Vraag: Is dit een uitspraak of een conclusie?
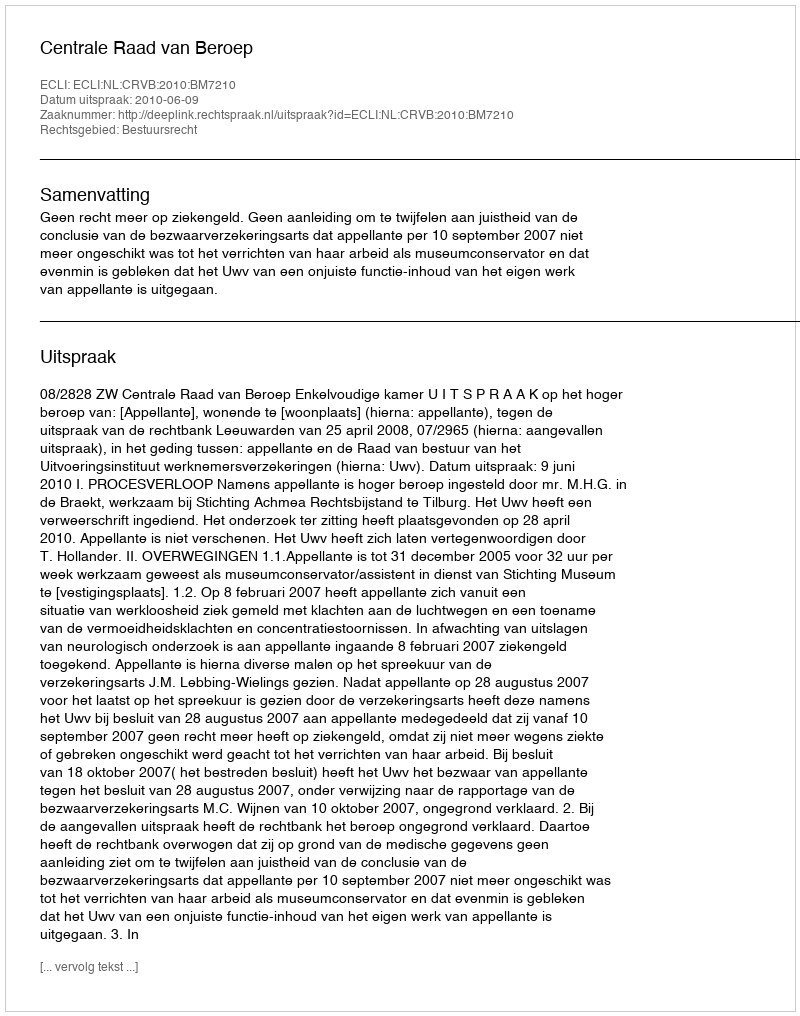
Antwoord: Uitspraak